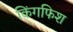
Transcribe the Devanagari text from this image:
किंगफिश